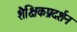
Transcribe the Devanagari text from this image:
शैक्षिकप्रदर्शन